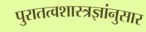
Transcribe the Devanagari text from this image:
पुरातत्वशास्त्रज्ञांनुसार